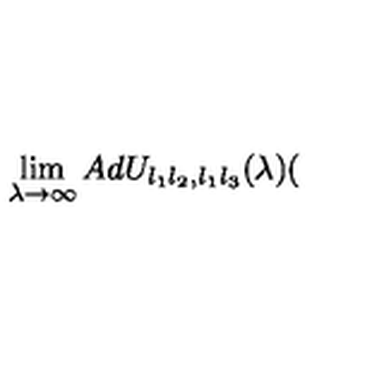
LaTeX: \lim _ { \lambda \rightarrow \infty } A d U _ { l _ { 1 } l _ { 2 } , l _ { 1 } l _ { 3 } } ( \lambda ) (